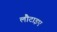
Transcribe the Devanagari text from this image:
लौटाइए